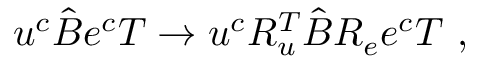
u ^ { c } \hat { B } e ^ { c } T \to u ^ { c } R _ { u } ^ { T } \hat { B } R _ { e } e ^ { c } T ~ ,